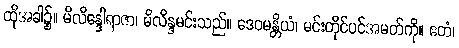
ထိုအခါ၌။ မိလိန္ဒေါရာဇာ၊ မိလိန္ဒမင်းသည်။ ဒေဝမန္တိယံ၊ မင်းတိုင်ပင်အမတ်ကို။ ဧတံ၊